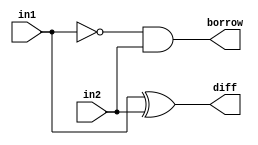
//Developed by: Aashi Srivastava
// TITLE: Half Subtractor using continuous assignment

module half_sub_CA(
    diff,borrow,in1,in2
);
input in1,in2;
output diff, borrow;

assign diff=in1^in2; //differnce of half subtractor is given by xor of both the inputs
assign borrow=(~in1 )& (in2); // borrow of the half sub is given by and of complement of input 1 and input 2
endmodule